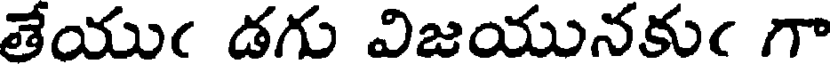
తేయుఁ డగు విజయునకుఁ గా